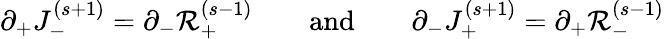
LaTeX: \partial_{+}J_{-}^{(s+1)}=\partial_{-}\mathcal{R}_{+}^{(s-1)}\qquad\mathrm{{{and}}}\qquad\partial_{-}J_{+}^{(s+1)}=\partial_{+}\mathcal{R}_{-}^{(s-1)}